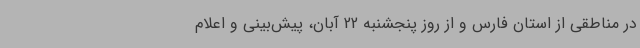
در مناطقی از استان فارس و از روز پنجشنبه 22 آبان، پیش‌بینی و اعلام